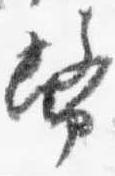
幣